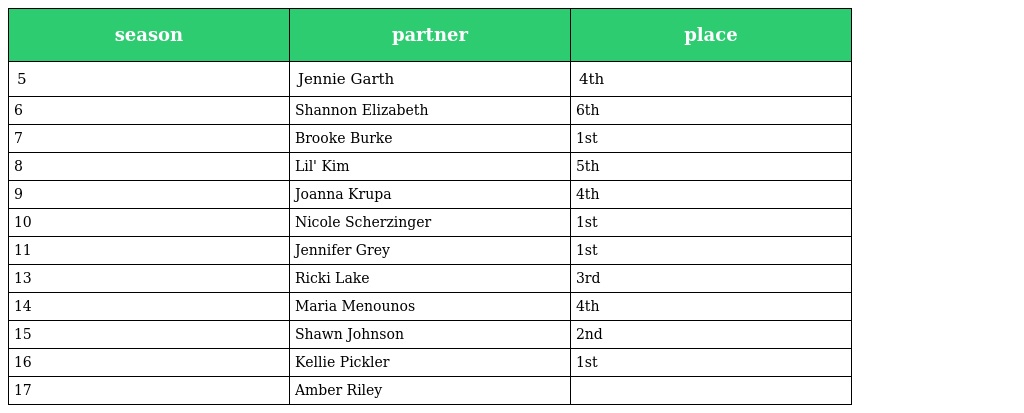
| season | partner | place |
 | --- | --- | --- |
 | 5 | Jennie Garth | 4th |
 | 6 | Shannon Elizabeth | 6th |
 | 7 | Brooke Burke | 1st |
 | 8 | Lil' Kim | 5th |
 | 9 | Joanna Krupa | 4th |
 | 10 | Nicole Scherzinger | 1st |
 | 11 | Jennifer Grey | 1st |
 | 13 | Ricki Lake | 3rd |
 | 14 | Maria Menounos | 4th |
 | 15 | Shawn Johnson | 2nd |
 | 16 | Kellie Pickler | 1st |
 | 17 | Amber Riley |  |